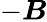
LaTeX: -\boldsymbol{B}